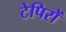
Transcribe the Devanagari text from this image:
टेपिरों